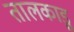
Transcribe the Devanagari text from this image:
तालकाड़ु